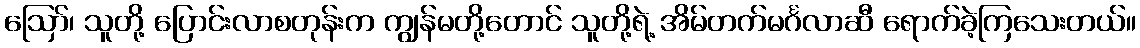
ဪ၊ သူတို့ ပြောင်းလာစတုန်းက ကျွန်မတို့တောင် သူတို့ရဲ့ အိမ်တက်မင်္ဂလာဆီ ရောက်ခဲ့ကြသေးတယ်။